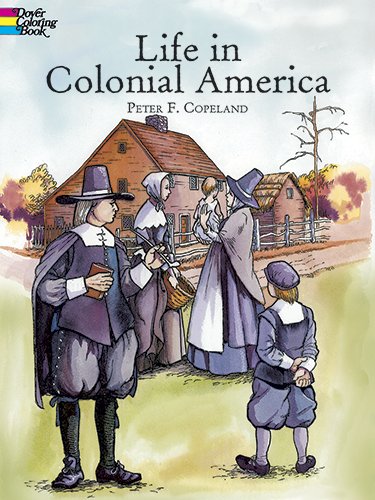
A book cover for Life in Colonial America (Dover History Coloring Book); Children's Books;